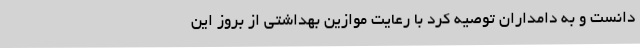
دانست و به دامداران توصیه کرد با رعایت موازین بهداشتی از بروز این